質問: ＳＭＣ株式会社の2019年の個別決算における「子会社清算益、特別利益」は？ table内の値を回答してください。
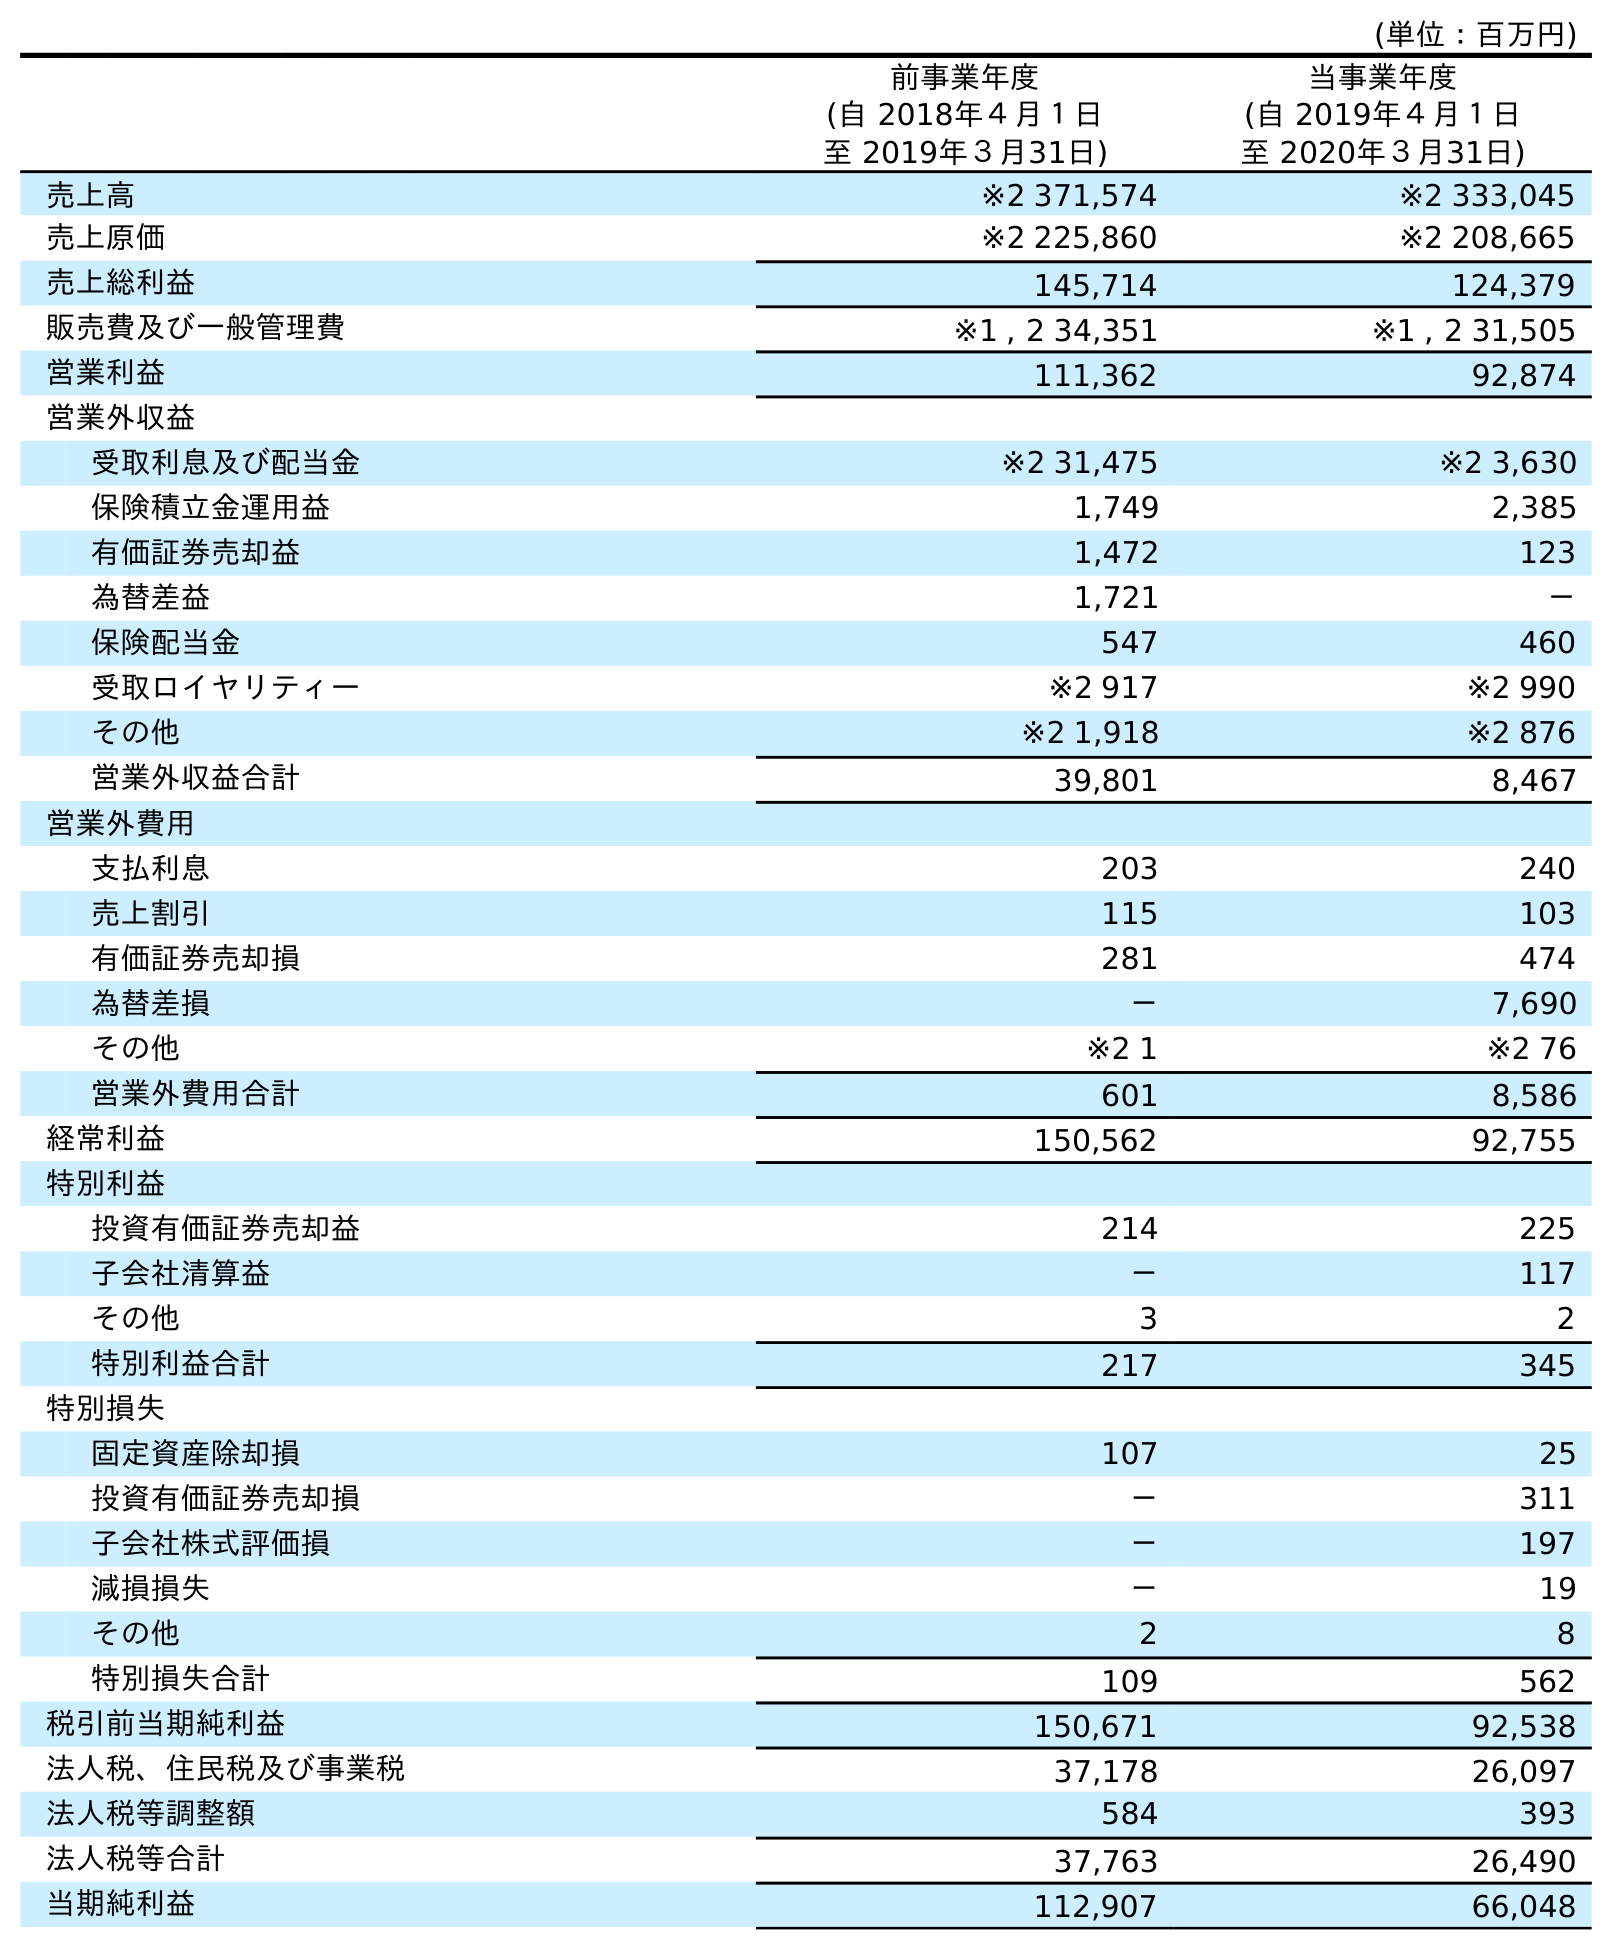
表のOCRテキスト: (単位：百万円) 前事業年度 (自 2018年４月１日 至 2019年３月31日) 当事業年度 (自 2019年４月１日 至 2020年３月31日) 売上高 ※2 371,574 ※2 333,045 売上原価 ※2 225,860 ※2 208,665 売上総利益 145,714 124,379 販売費及び一般管理費 ※1 , 2 34,351 ※1 , 2 31,505 営業利益 111,362 92,874 営業外収益 受取利息及び配当金 ※2 31,475 ※2 3,630 保険積立金運用益 1,749 2,385 有価証券売却益 1,472 123 為替差益 1,721 － 保険配当金 547 460 受取ロイヤリティー ※2 917 ※2 990 その他 ※2 1,918 ※2 876 営業外収益合計 39,801 8,467 営業外費用 支払利息 203 240 売上割引 115 103 有価証券売却損 281 474 為替差損 － 7,690 その他 ※2 1 ※2 76 営業外費用合計 601 8,586 経常利益 150,562 92,755 特別利益 投資有価証券売却益 214 225 子会社清算益 － 117 その他 3 2 特別利益合計 217 345 特別損失 固定資産除却損 107 25 投資有価証券売却損 － 311 子会社株式評価損 － 197 減損損失 － 19 その他 2 8 特別損失合計 109 562 税引前当期純利益 150,671 92,538 法人税、住民税及び事業税 37,178 26,097 法人税等調整額 584 393 法人税等合計 37,763 26,490 当期純利益 112,907 66,048
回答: －